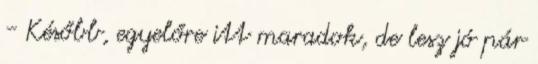
- Később, egyelőre itt maradok, de lesz jó pár